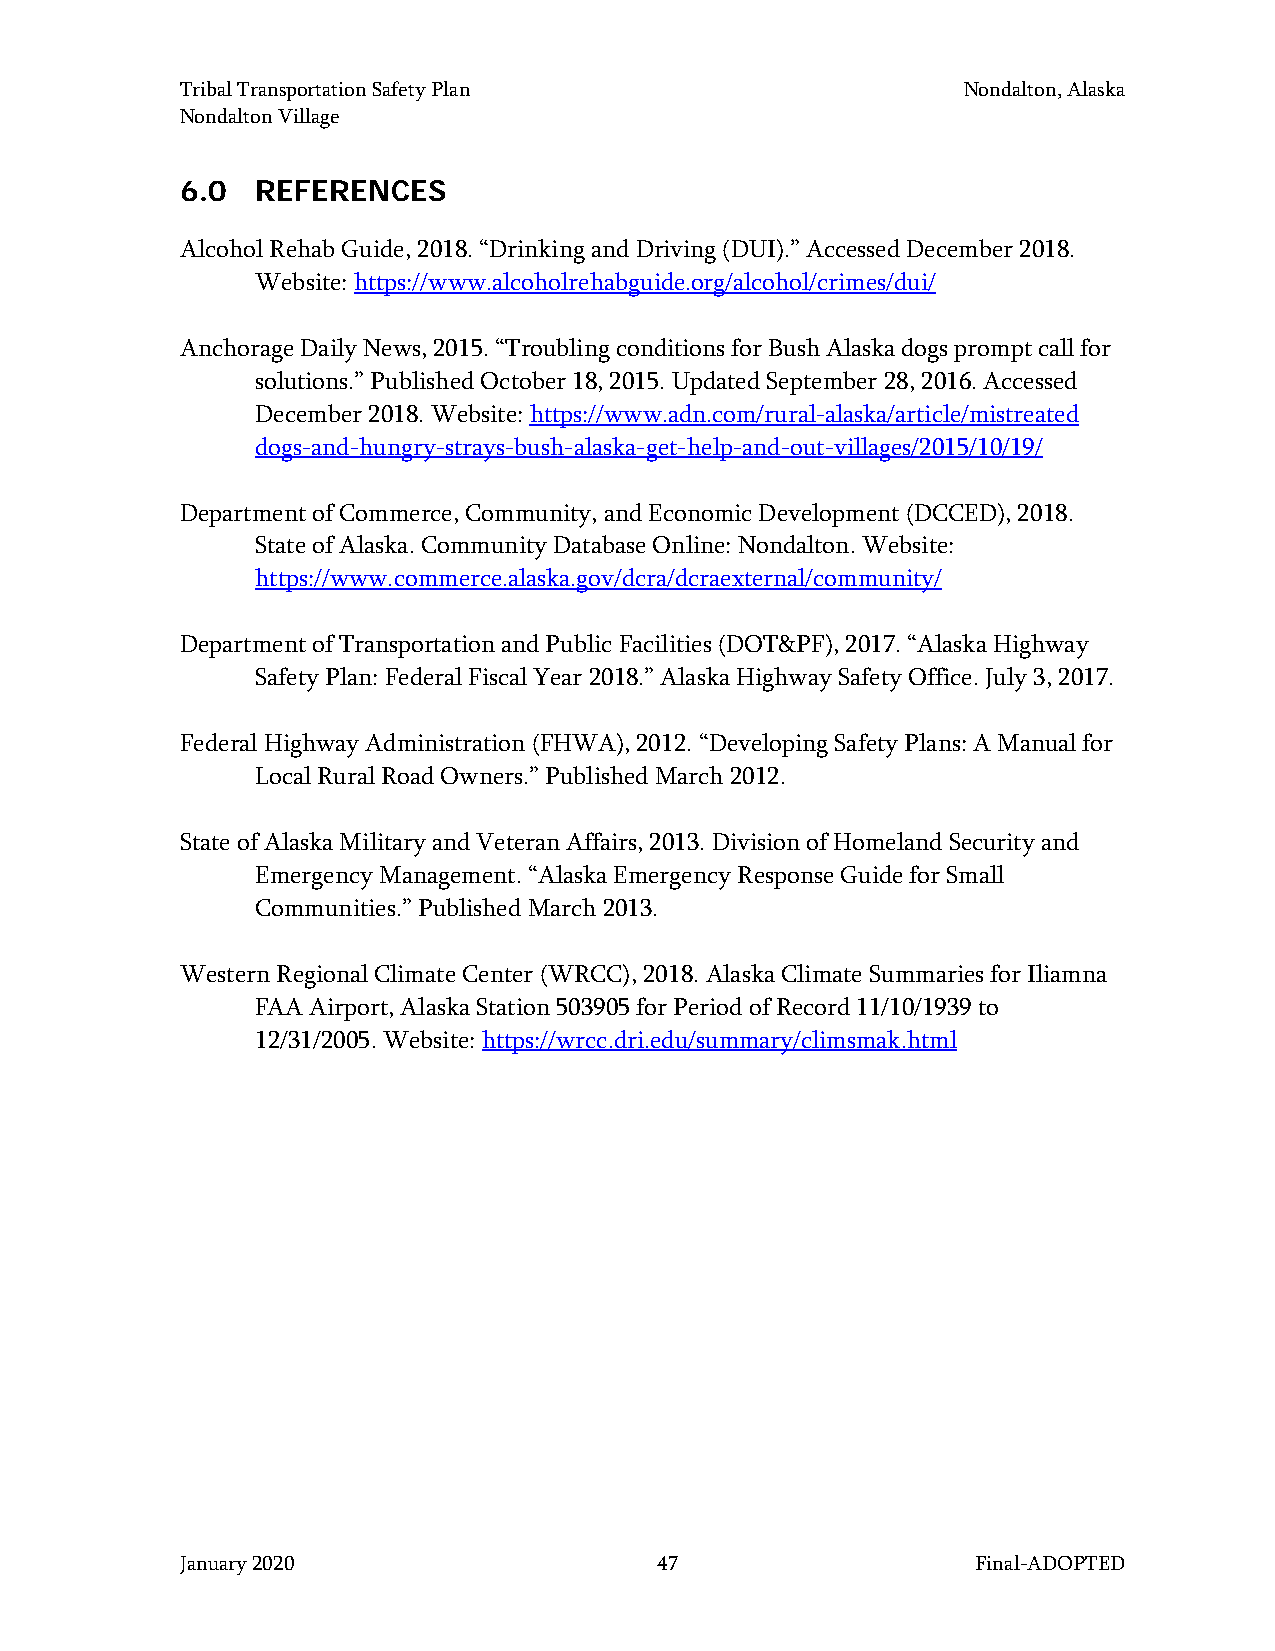
Tribal Transportation Safety Plan                   Nondalton, Alaska
 Nondalton Village
 6.0  REFERENCES
 Alcohol Rehab Guide, 2018. “Drinking and Driving (DUI).” Accessed December 2018.
 Website: https://www.alcoholrehabguide.org/alcohol/crimes/dui/
 Anchorage Daily News, 2015. “Troubling conditions for Bush Alaska dogs prompt call for
 solutions.” Published October 18, 2015. Updated September 28, 2016. Accessed
 December 2018. Website: https://www.adn.com/rural-alaska/article/mistreated
 dogs-and-hungry-strays-bush-alaska-get-help-and-out-villages/2015/10/19/
 Department of Commerce, Community, and Economic Development (DCCED), 2018.
 State of Alaska. Community Database Online: Nondalton. Website:
 https://www.commerce.alaska.gov/dcra/dcraexternal/community/
 Department of Transportation and Public Facilities (DOT&PF), 2017. “Alaska Highway
 Safety Plan: Federal Fiscal Year 2018.” Alaska Highway Safety Office. July 3, 2017.
 Federal Highway Administration (FHWA), 2012. “Developing Safety Plans: A Manual for
 Local Rural Road Owners.” Published March 2012.
 State of Alaska Military and Veteran Affairs, 2013. Division of Homeland Security and
 Emergency Management. “Alaska Emergency Response Guide for Small
 Communities.” Published March 2013.
 Western Regional Climate Center (WRCC), 2018. Alaska Climate Summaries for Iliamna
 FAA Airport, Alaska Station 503905 for Period of Record 11/10/1939 to
 12/31/2005. Website: https://wrcc.dri.edu/summary/climsmak.html
 January 2020                    47                   Final-ADOPTED